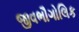
જીવભૌગોલિક